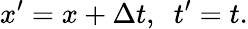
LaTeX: x^{\prime}=x+\Delta t,\; \ t^{\prime}=t.